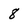
Character: 8